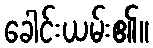
ခေါင်းယမ်း၏။